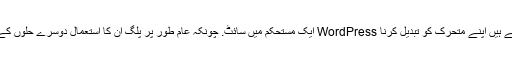
جہاں تک جامد ویب سائٹ کے نقصانات ہوتے ہیں ، اس پر بہت زیادہ انحصار ہوتا ہے کہ آپ کس طرح چلتے ہیں اپنے متحرک کو تبدیل کرنا WordPress ایک مستحکم میں سائٹ. چونکہ عام طور پر پلگ ان کا استعمال دوسرے حلوں کے استعمال سے زیادہ مقبول آپشن ہوتا ہے ، آئیے اس نقطہ نظر سے ہونے والے نقصانات پر تبادلہ خیال کریں۔